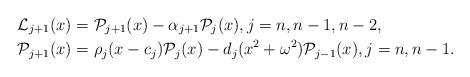
LaTeX: \begin{align*}\mathcal{L}_{j+1}(x)&=\mathcal{P}_{j+1}(x)-\alpha_{j+1}\mathcal{P}_{j}(x), j=n,n-1,n-2, \\\mathcal{P}_{j+1}(x) &= \rho_j(x-c_j)\mathcal{P}_j(x)-d_j (x^2+\omega^2)\mathcal{P}_{j-1}(x), j=n,n-1. \end{align*}